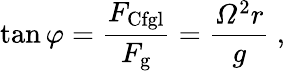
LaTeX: \tan\varphi={\frac{F_{\mathrm{Cfgl}}}{F_{\mathrm{g}}}}={\frac{{\mathit{\Omega}}^{2}r}{g}}\ ,